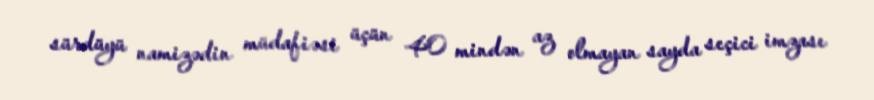
sürdüyü namizədin müdafiəsi üçün 40 mindən az olmayan sayda seçici imzası